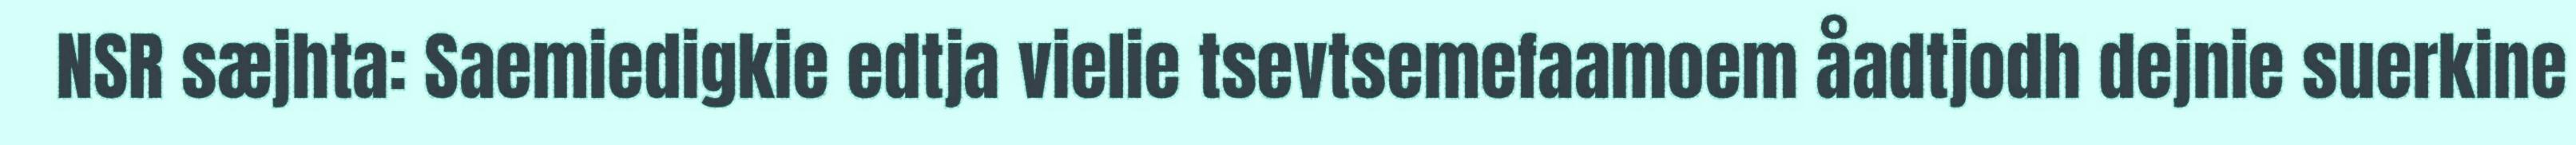
NSR sæjhta: Saemiedigkie edtja vielie tsevtsemefaamoem åadtjodh dejnie suerkine